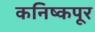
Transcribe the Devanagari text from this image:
कनिष्कपूर